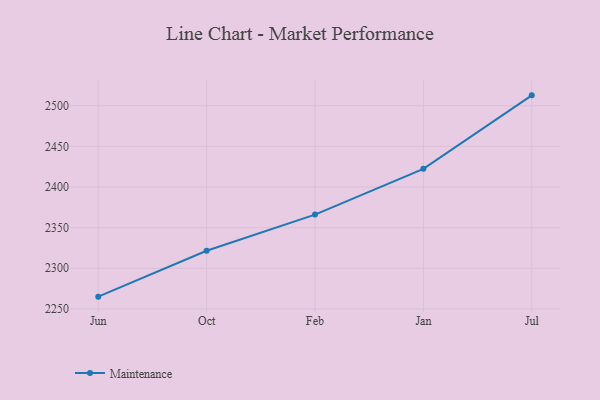
{"axis": {"x": "Month", "y": "Latency (ms)"}, "legend": ["Maintenance"], "data": [{"x": "Jun", "y": 2265.1, "type": "Maintenance"}, {"x": "Oct", "y": 2321.5, "type": "Maintenance"}, {"x": "Feb", "y": 2366.0, "type": "Maintenance"}, {"x": "Jan", "y": 2422.3, "type": "Maintenance"}, {"x": "Jul", "y": 2512.7, "type": "Maintenance"}]}